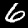
Digit: 6